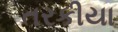
તરકીયા